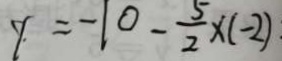
y = - 1 0 - \frac { 5 } { 2 } \times ( - 2 )